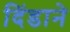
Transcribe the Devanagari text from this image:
दिंडाने